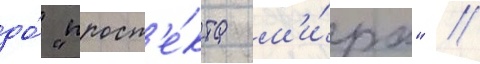
до́ "просп'е́кта м'и́ра" /